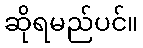
ဆိုရမည်ပင်။